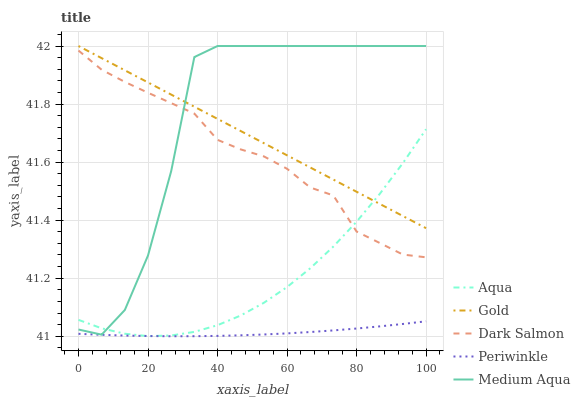
| xaxis_label | Aqua | Gold | Dark Salmon | Periwinkle | Medium Aqua |
 | --- | --- | --- | --- | --- | --- |
 | 0 | 41.1 | 42 | 42 | 41 | 41 |
 | 6.67 | 41 | 42 | 41.9 | 41 | 41 |
 | 13.3 | 41 | 41.9 | 41.9 | 41 | 41.1 |
 | 20 | 41 | 41.9 | 41.8 | 41 | 41.3 |
 | 26.7 | 41 | 41.8 | 41.8 | 41 | 41.6 |
 | 33.3 | 41 | 41.8 | 41.8 | 41 | 42 |
 | 40 | 41 | 41.7 | 41.7 | 41 | 42 |
 | 46.7 | 41.1 | 41.7 | 41.6 | 41 | 42 |
 | 53.3 | 41.1 | 41.7 | 41.6 | 41 | 42 |
 | 60 | 41.2 | 41.6 | 41.6 | 41 | 42 |
 | 66.7 | 41.2 | 41.6 | 41.5 | 41 | 42 |
 | 73.3 | 41.3 | 41.5 | 41.5 | 41 | 42 |
 | 80 | 41.4 | 41.5 | 41.4 | 41 | 42 |
 | 86.7 | 41.5 | 41.5 | 41.3 | 41 | 42 |
 | 93.3 | 41.6 | 41.4 | 41.3 | 41 | 42 |
 | 100 | 41.7 | 41.4 | 41.3 | 41.1 | 42 |